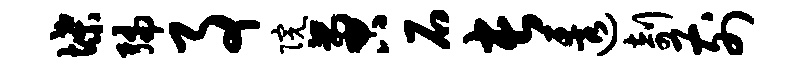
堞编事院啻石长透剞前